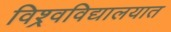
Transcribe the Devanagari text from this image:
विश्र्वविद्यालयात